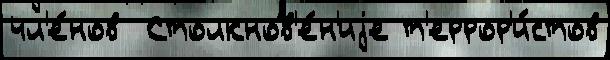
чл'е́нов  Столкнов'е́н'иjе т'еррор'и́стов